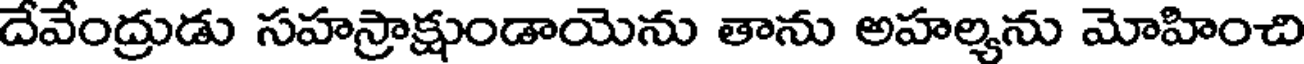
దేవేంద్రుడు సహస్రాక్షుండాయెను తాను అహల్యను మోహించి